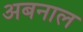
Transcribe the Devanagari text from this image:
अबनाल